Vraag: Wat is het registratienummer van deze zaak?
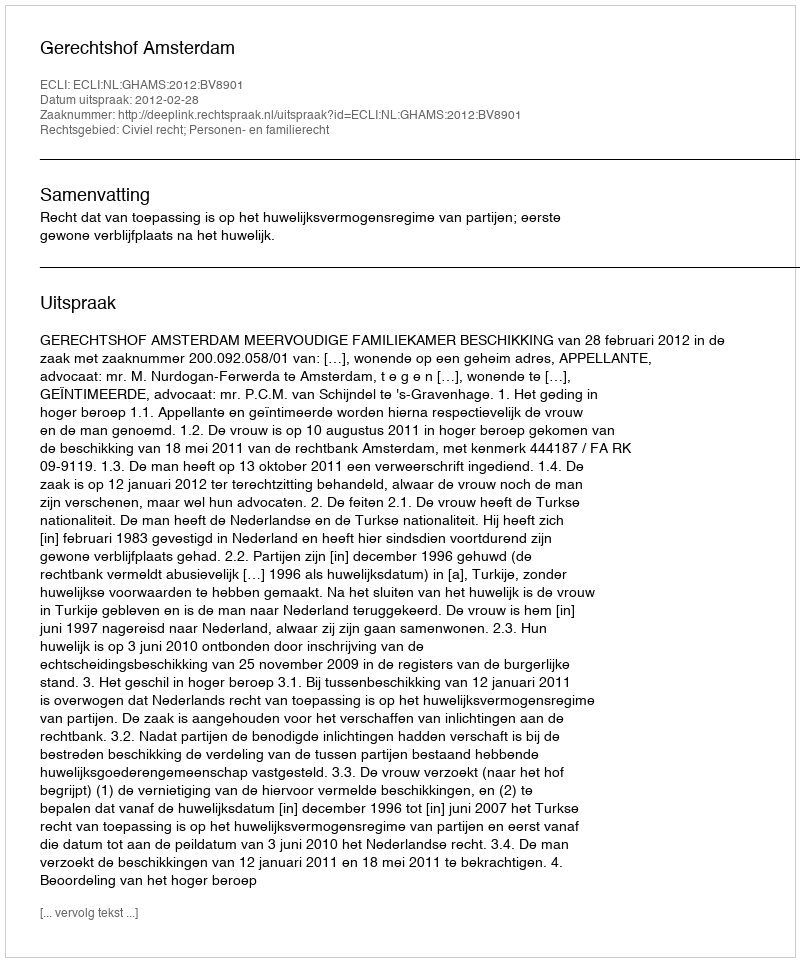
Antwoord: http://deeplink.rechtspraak.nl/uitspraak?id=ECLI:NL:GHAMS:2012:BV8901